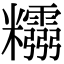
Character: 𥽮